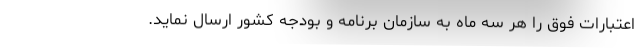
اعتبارات فوق را هر سه ماه به سازمان برنامه و بودجه کشور ارسال نماید.